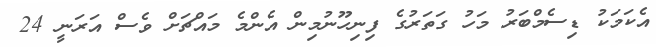
އެކަމަކު ޑިސެމްބަރު މަހު ގަތަރުގެ ފިނިހޫނުމިން އެންމެ މައްޗަށް ވެސް އަރަނީ 24